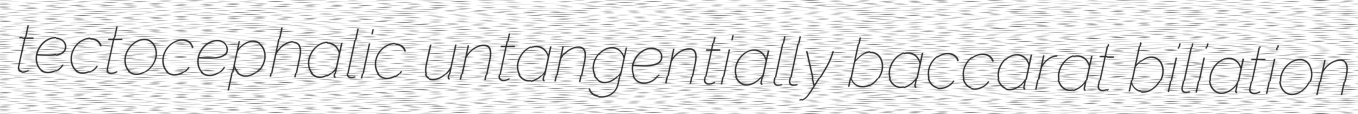
tectocephalic untangentially baccarat biliation